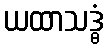
ယထာသဒ္ဓံ